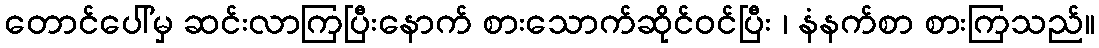
တောင်ပေါ်မှ ဆင်းလာကြပြီးနောက် စားသောက်ဆိုင်ဝင်ပြီး ၊ နံနက်စာ စားကြသည်။